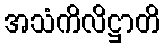
အသံကိလိဋ္ဌာတိ